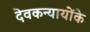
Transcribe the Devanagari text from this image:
देवकन्यायोंके